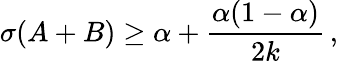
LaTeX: \sigma(A+B)\geq\alpha+{\frac{\alpha(1-\alpha)}{2k}}\, ,